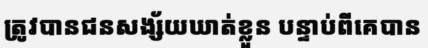
ត្រូវបានជនសង្ស័យឃាត់ខ្លួន បន្ទាប់ពីគេបាន